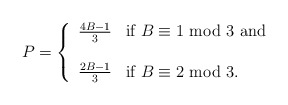
\begin{align*} P = \left \{\begin{array}{ll} \frac{4B-1}{3} & \mbox{if } B \equiv 1 \mbox{ mod } 3 \mbox{ and }\\ \\\frac{2B-1}{3} & \mbox{if } B \equiv 2 \mbox{ mod } 3. \end{array}\right .\end{align*}